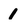
Character: 1